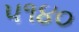
૫૧૪૦